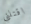
اقتلني